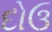
દોઉ